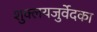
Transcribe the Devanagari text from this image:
शुक्लयजुर्वेदका